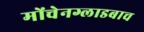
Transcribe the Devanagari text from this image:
मोंचेनग्लाडबाच